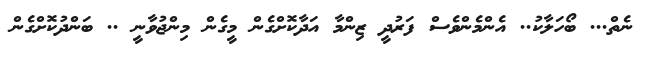
ނެތް... ބޯހަލާކު.. އެންމެންވެސް ފަރުދީ ޒިންމާ އަދާކޮށްގެން މީގެން މިންޖުވާނީ .. ބަންދުކޮށްގެން